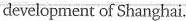
development of Shanghai.